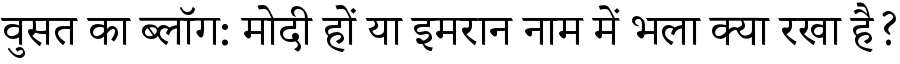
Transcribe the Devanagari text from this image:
वुसत का ब्लॉग: मोदी हों या इमरान नाम में भला क्या रखा है?